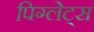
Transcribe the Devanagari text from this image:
पिग्लेट्स